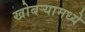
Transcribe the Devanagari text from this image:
खोबऱ्यामध्ये